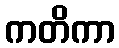
ကတိကာ